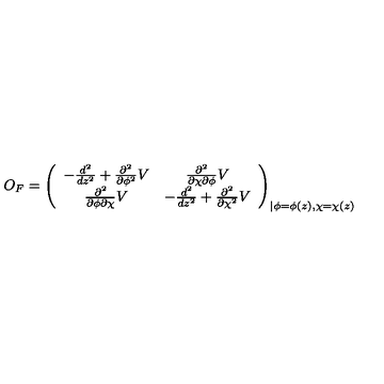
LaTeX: O _ { F } = \left( \begin{array} { c c } { - \frac { d ^ { 2 } } { d z ^ { 2 } } + \frac { \partial ^ { 2 } } { \partial \phi ^ { 2 } } V } & { \frac { \partial ^ { 2 } } { \partial \chi \partial \phi } V } \\ { \frac { \partial ^ { 2 } } { \partial \phi \partial \chi } V } & { - \frac { d ^ { 2 } } { d z ^ { 2 } } + \frac { \partial ^ { 2 } } { \partial \chi ^ { 2 } } V } \\ \end{array} \right) _ { \vert \phi = \phi ( z ) , \chi = \chi ( z ) }